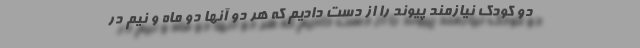
دو کودک نیازمند پیوند را از دست دادیم که هر دو آنها دو ماه و نیم در